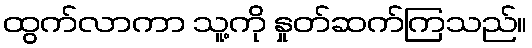
ထွက်လာကာ သူ့ကို နှုတ်ဆက်ကြသည်။